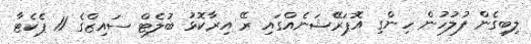
ލިބިގެން ފުލުހުން ހިންގި އޮޕަރޭޝަނެއްގައި ރޭ އިރާކޮޅު ބުލެޓް ސައިޒްގެ 11 ޕެކެޓާ